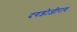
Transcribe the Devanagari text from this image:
दगड़ोजीराव